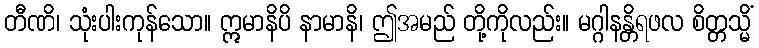
တီဏိ၊ သုံးပါးကုန်သော။ ဣမာနိပိ နာမာနိ၊ ဤအမည် တို့ကိုလည်း။ မဂ္ဂါနန္တိရဖလ စိတ္တသ္မိံ